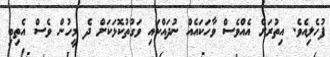
ފުހެލިއެވެ. އިތުރަށް އެއްވެސް ވާހަކައެއް ނުދައްކައި ވަގުތުކޮޅަކަށް ދެ މީހުން ވެސް އެތިބި